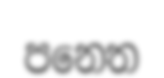
පනෙත